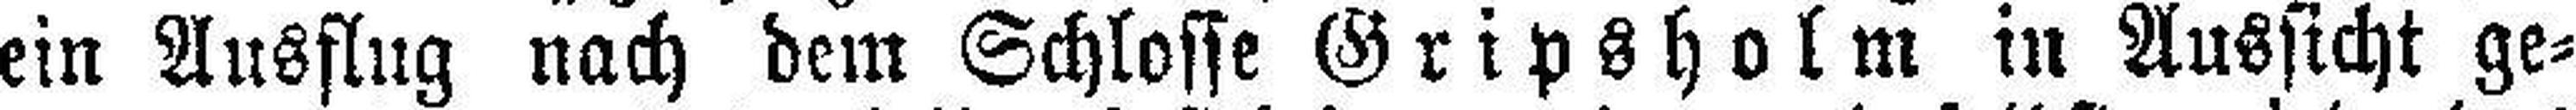
ein Ausflug nach dem Schlosse Gripsholm in Aussicht ge¬